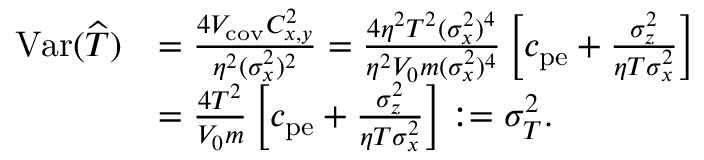
\begin{array} { r l } { \mathrm { V a r } ( \widehat { T } ) } & { = \frac { 4 V _ { \mathrm { c o v } } C _ { x , y } ^ { 2 } } { \eta ^ { 2 } ( \sigma _ { x } ^ { 2 } ) ^ { 2 } } = \frac { 4 \eta ^ { 2 } T ^ { 2 } ( \sigma _ { x } ^ { 2 } ) ^ { 4 } } { \eta ^ { 2 } V _ { 0 } m ( \sigma _ { x } ^ { 2 } ) ^ { 4 } } \left[ c _ { \mathrm { p e } } + \frac { \sigma _ { z } ^ { 2 } } { \eta T \sigma _ { x } ^ { 2 } } \right] } \\ & { = \frac { 4 T ^ { 2 } } { V _ { 0 } m } \left[ c _ { \mathrm { p e } } + \frac { \sigma _ { z } ^ { 2 } } { \eta T \sigma _ { x } ^ { 2 } } \right] : = \sigma _ { T } ^ { 2 } . } \end{array}